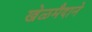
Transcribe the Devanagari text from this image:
खेळमैदाने